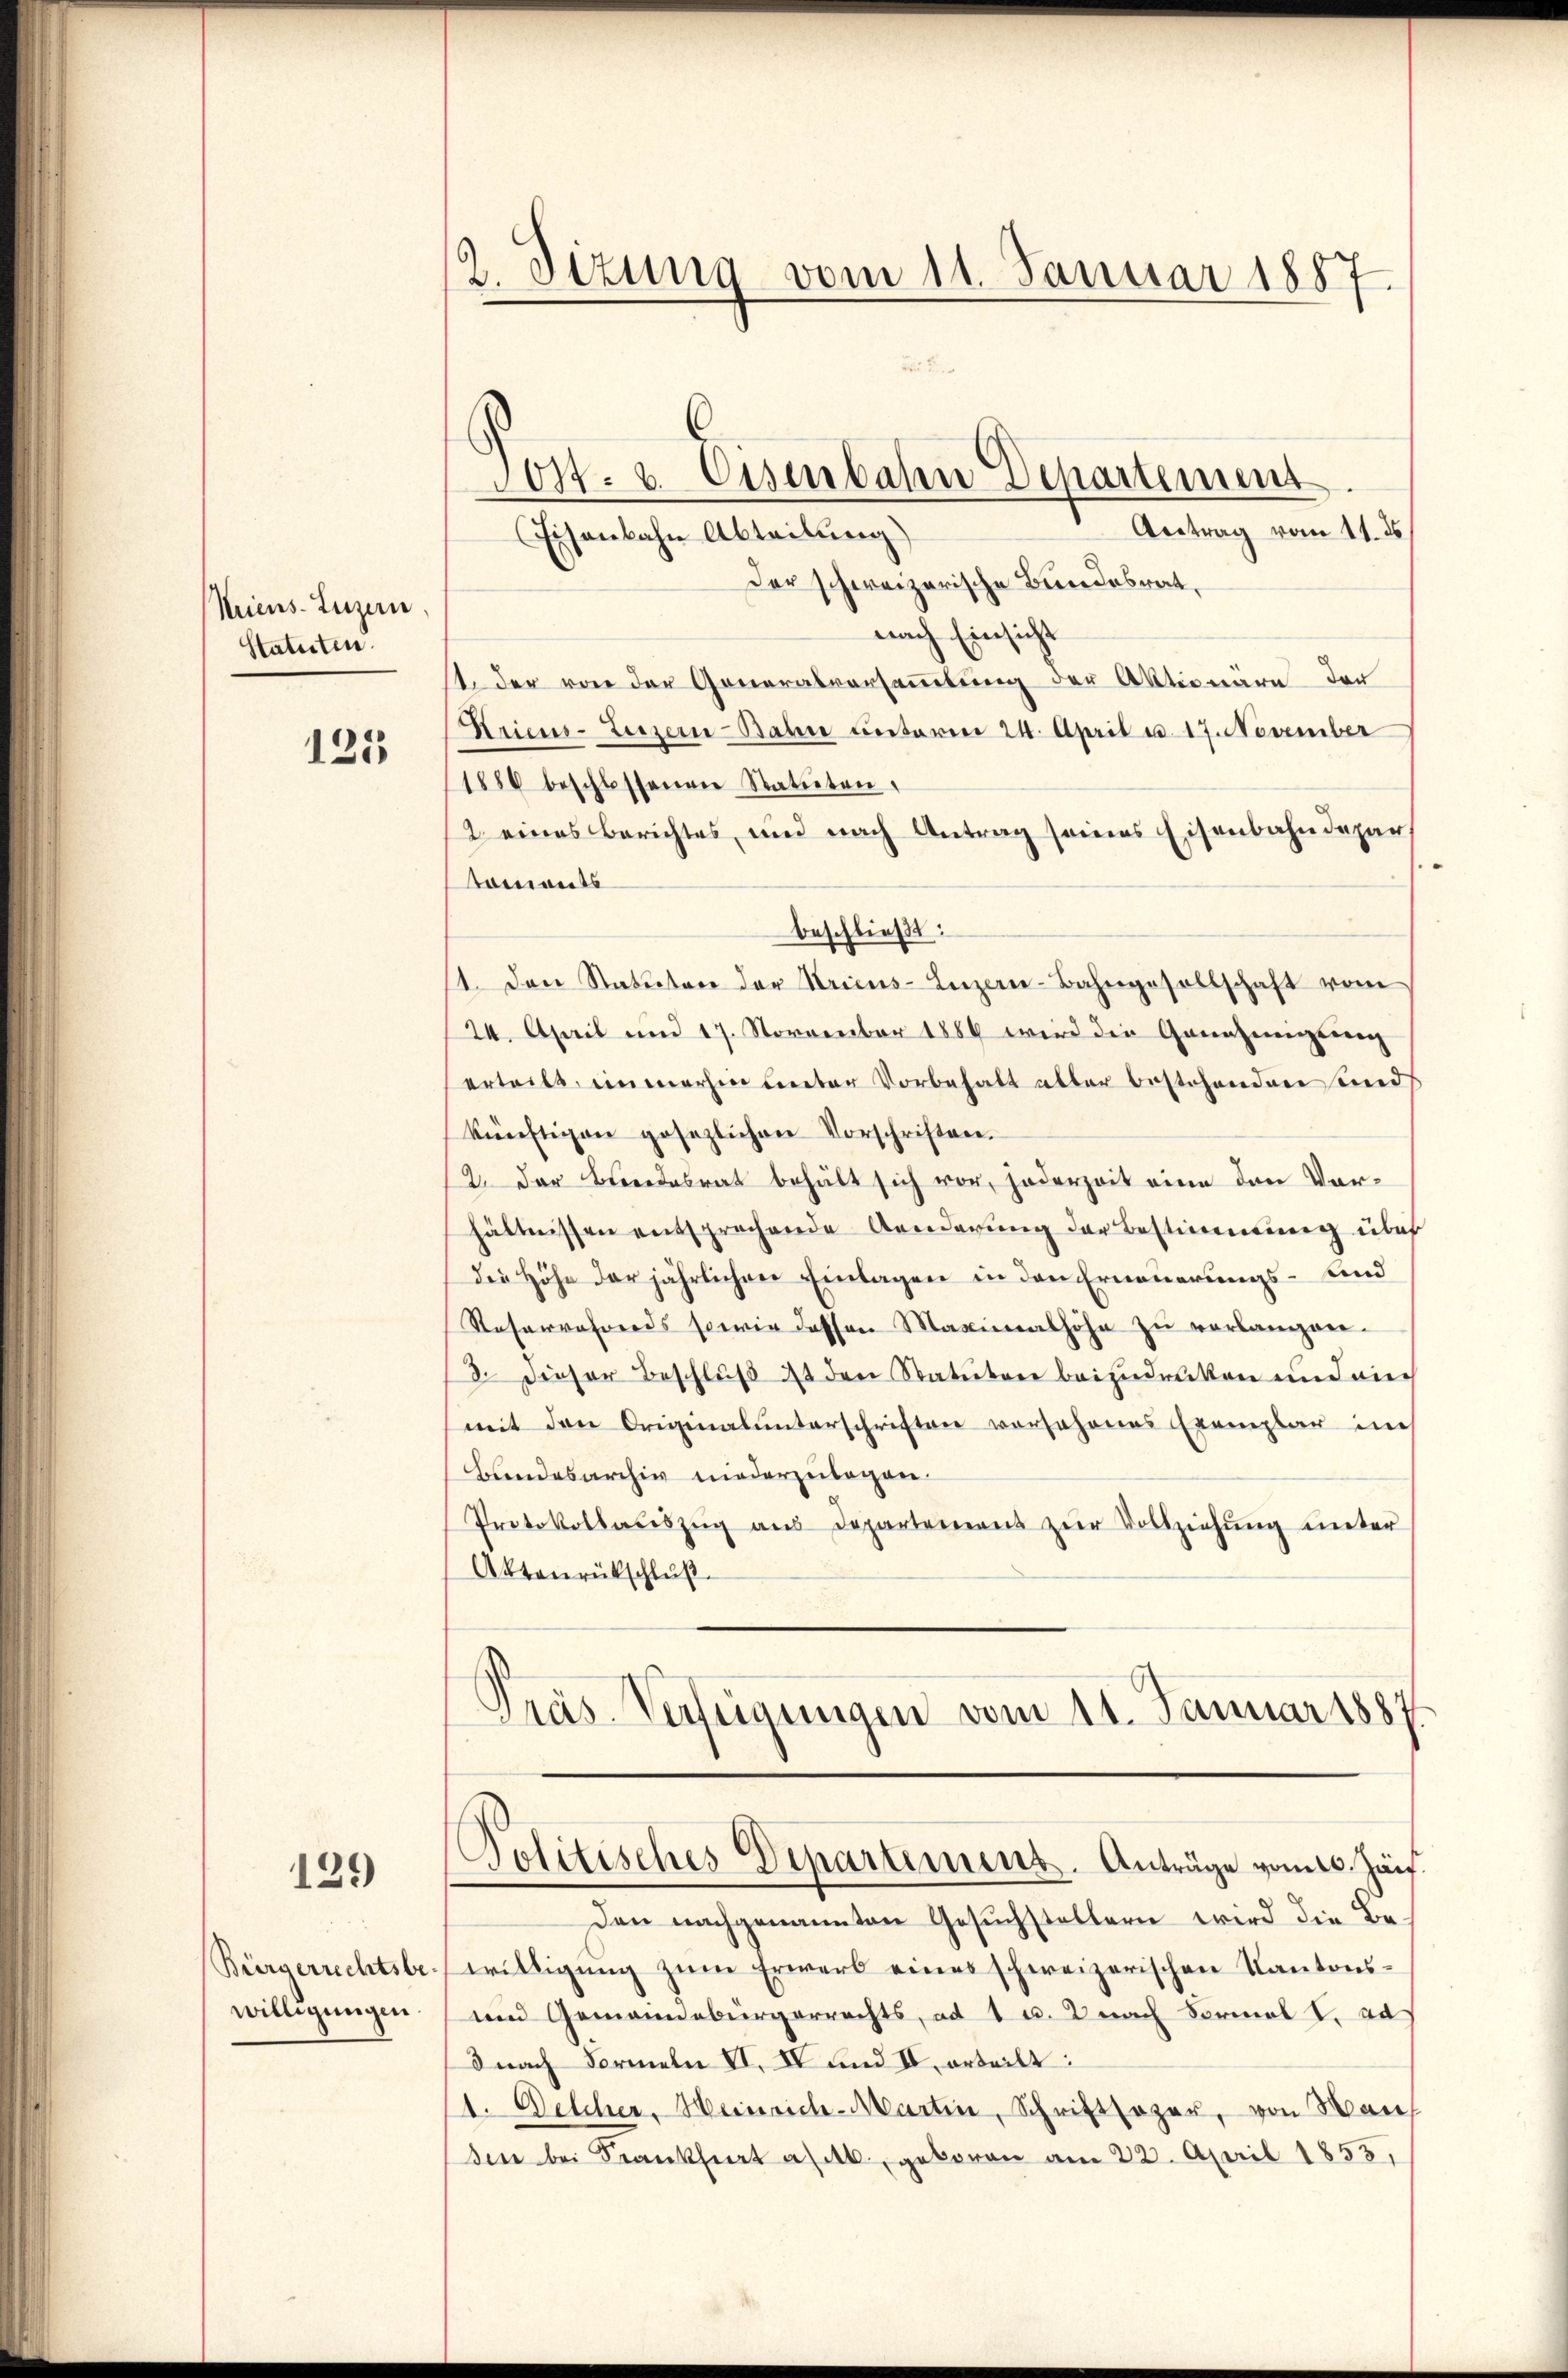
Kens. Luzern,
Statuten.

125

129

Bürgerrechtsbe-
willigungen.

2. Sizung vom 11. Januar 1887

Antrag vom 11. ds
Eisenbahn Abteilung)
Der schweizerische Bundesrat,
nach Einsicht
st, der von der Generalversammlung der Aktionare der
Kriens-Luzern-Bahn unterm 24. April u. 17. November
1880 beschlossenen Statuten.
2 eines Berichtes, und nach Antrag seines Eisenbahndepar
tonweits
beschließt:
1. Den Statuten der Kricus Luzern-Bahngesellschaft vom
24. April und 17. November 1889 wird die Genehmungsweg
erteilt, immerhin Cereter Vorbehalt abbar bestehenden und
künftigen gesezlichen Vorschriften.
2. Der Bundesrat behält sich vor, jederzeit eine den Vorhältnissen entsprechende Aenderung der Bestimmung über
Die Höhe der jährlichen Einlagen in den Erneuerungs- und
Reservahrends sowie dessen Maximalhöhe zŭ verlangen.
3. Dieser Beschluß an den Statuten beizudrücken und auch
mit den Originalunterschriften vorsehenes Exemplar in
Bandesarchiv niederzulegen.
Protokollaŭszŭg aŭs Departement zŭr Vollziehŭng ŭnter
Aktenrückschluß
.
räs. Verfügungen vom 11. Januar 1887

Sost- & Eisenbahn Departement

Politisches Departiment. Anträge vom 10. Jäns.

Den nachgenannten Gesuchstellern wird die Bewilligŭng zŭm Erwerb eines schweizerischen Kantons¬
und Gemeindebürgerrechts, ad 1 u. nach Formal V. das
8 nach Formeln VI. IV und II, erteilt:
1. Welcher, Heinrich-Martin, Schriftsager, von Man
sen bei Frankheit alt, geboren am 22. April 1855,